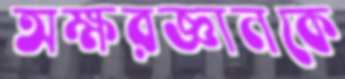
অক্ষরজ্ঞানকে